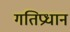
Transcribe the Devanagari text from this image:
गतिप्रधान